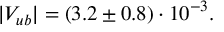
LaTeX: | V _ { u b } | = ( 3 . 2 \pm 0 . 8 ) \cdot 1 0 ^ { - 3 } .